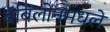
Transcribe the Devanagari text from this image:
बॅबिलोनमधले